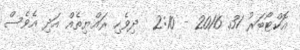
އޮކްޓޯބަރު 31